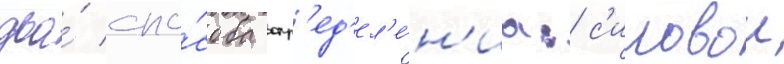
два́ спо́соба опр'ед'ел'е́н'иа: с'иловои